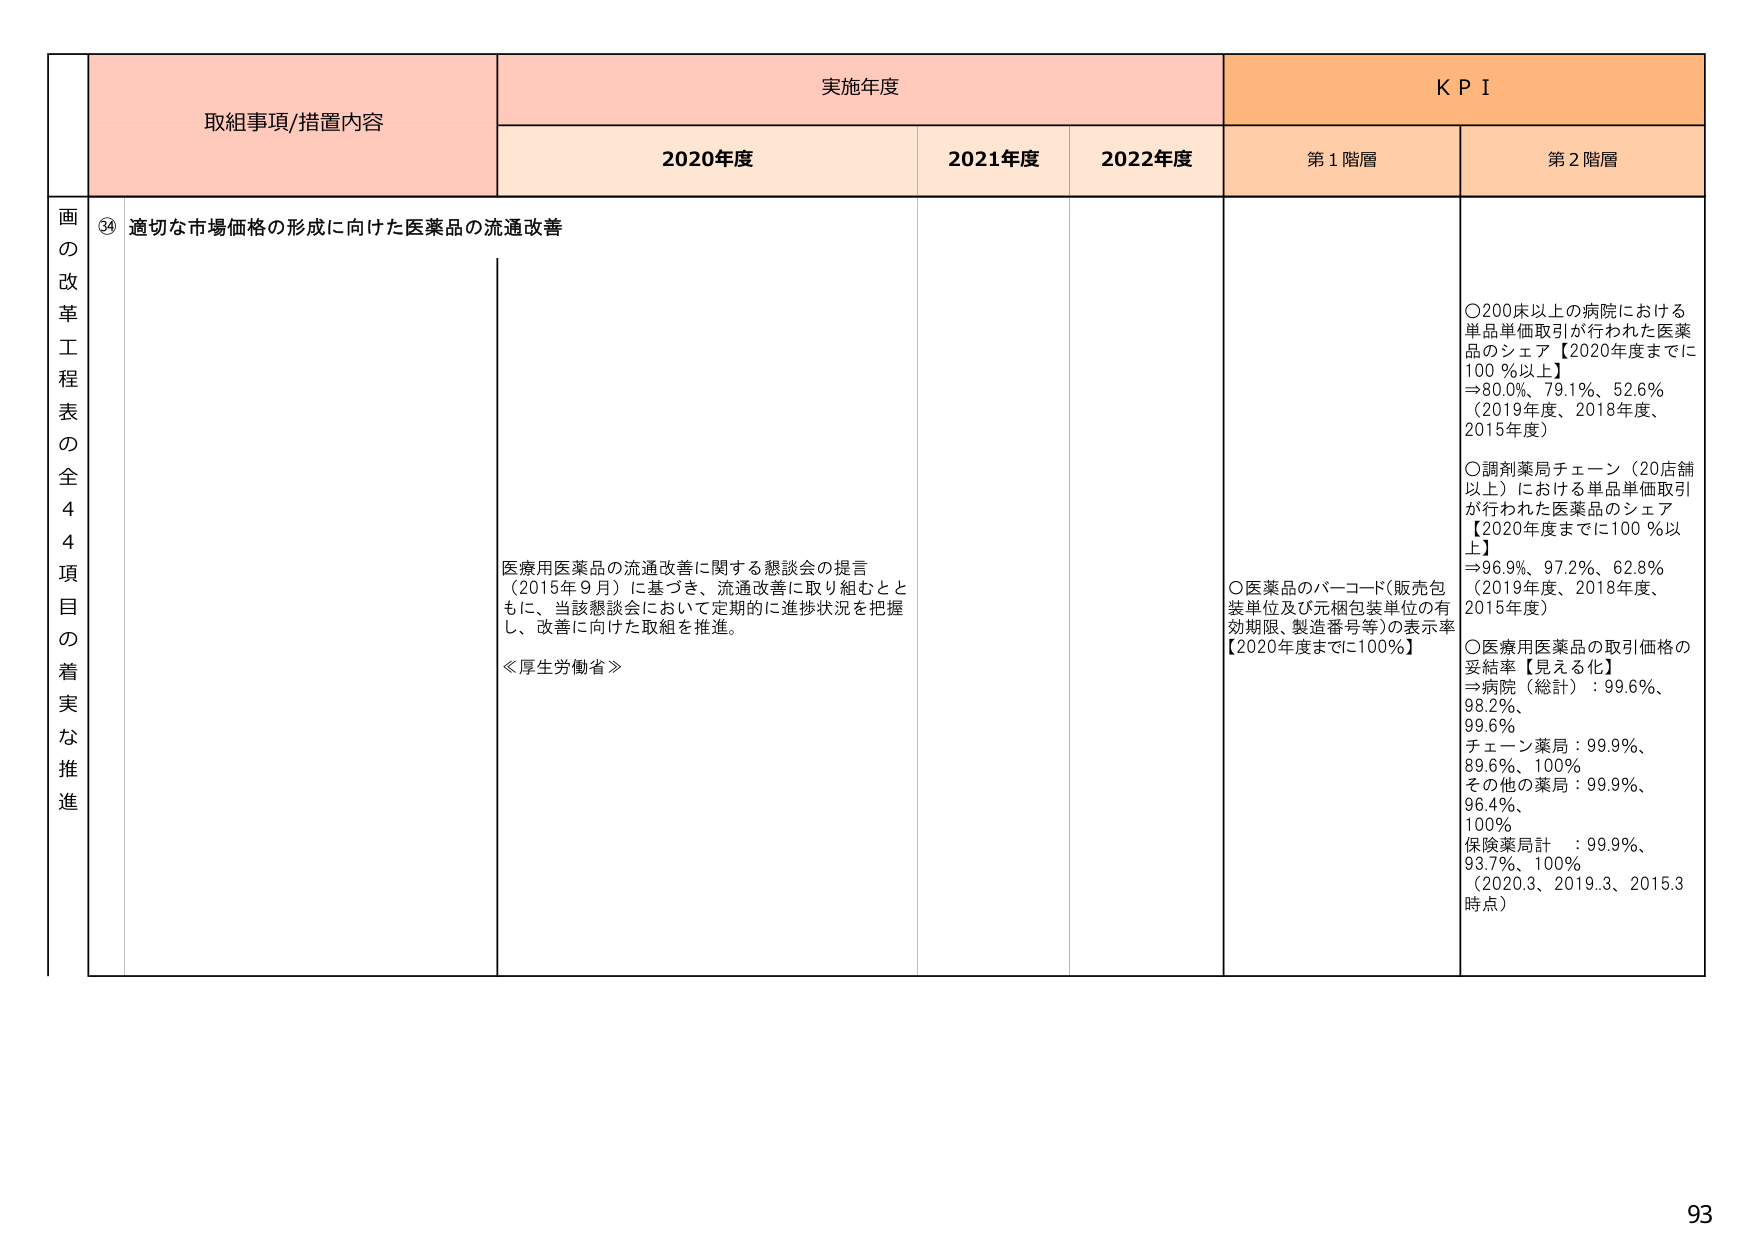
画の改革工程表の全44項目の着実な推進

⑭ 適切な市場価格の形成に向けた医薬品の流通改善

医療用医薬品の流通改善に関する懇談会の提言（2015年9月）に基づき、流通改善に取り組むとともに、当該懇談会において定期的に進捗状況を把握し、改善に向けた取組を推進。
≪厚生労働省≫

実施年度
2020年度
2021年度
2022年度

KPI
第1階層
○医薬品のバーコード（販売包装単位及び元梱包装単位の有効期限、製造番号等）の表示率【2020年度までに100％】

第2階層
○200床以上の病院における単品単価取引が行われた医薬品のシェア【2020年度までに100％以上】
⇒80.0%、79.1%、52.6%（2019年度、2018年度、2015年度）
○調剤薬局チェーン（20店舗以上）における単品単価取引が行われた医薬品のシェア【2020年度までに100％以上】
⇒96.9%、97.2%、62.8%（2019年度、2018年度、2015年度）
○医療用医薬品の取引価格の妥結率【見える化】
⇒病院（総計）：99.6%、98.2%、99.6%
チェーン薬局：99.9%、89.6%、100%
その他の薬局：99.9%、96.4%、100%
保険薬局計：99.9%、93.7%、100%（2020.3、2019.3、2015.3時点）

93